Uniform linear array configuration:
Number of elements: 64
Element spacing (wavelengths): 0.5
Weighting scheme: hamming
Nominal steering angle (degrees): -45
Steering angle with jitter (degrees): -45.288
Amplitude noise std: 0.05
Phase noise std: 0.05

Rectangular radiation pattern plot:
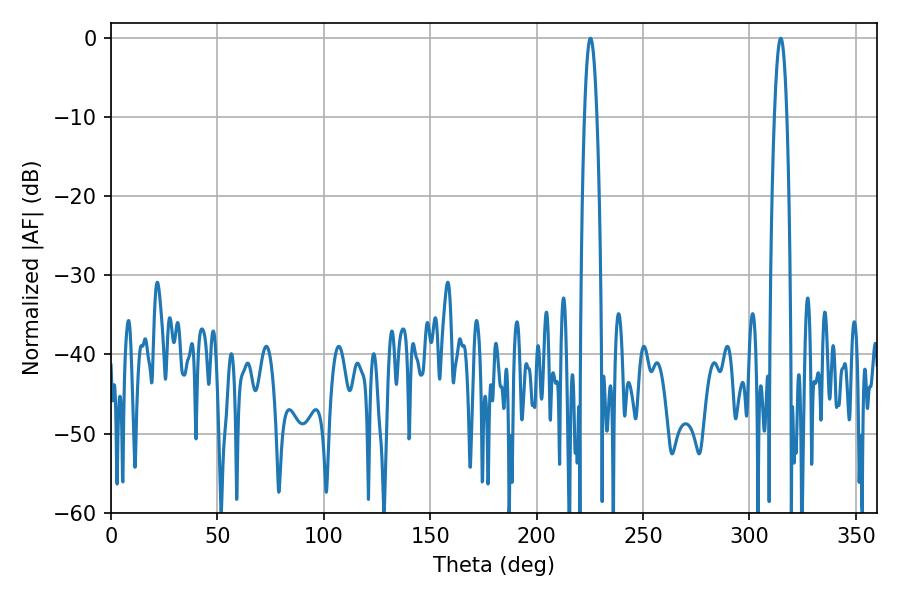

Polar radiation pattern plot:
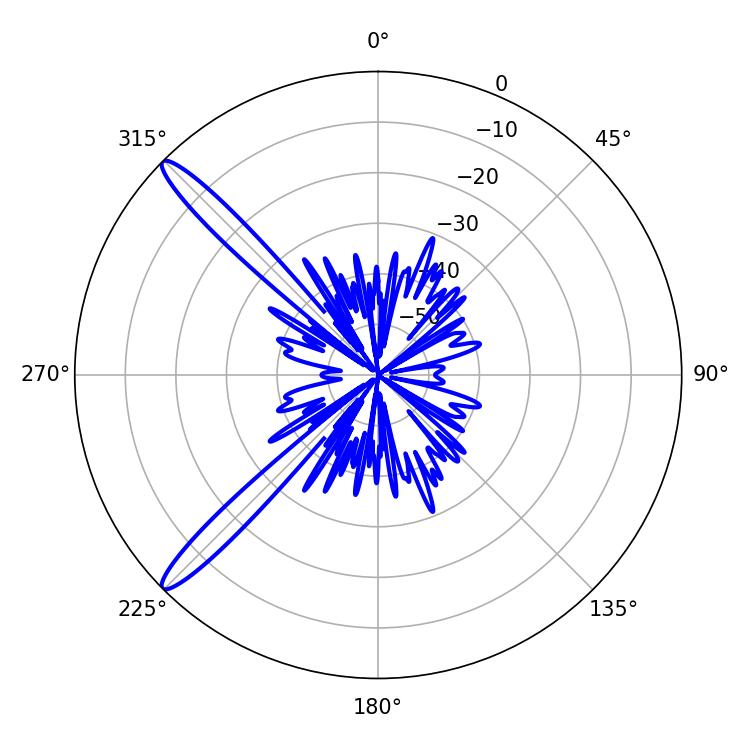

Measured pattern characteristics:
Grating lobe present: FALSE
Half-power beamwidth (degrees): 3.24
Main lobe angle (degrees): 225.36